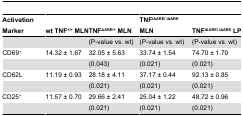
<table><thead><tr><td><b>Activation Marker</b></td><td><b>wt TNF<sup>+/+</sup> MLN</b></td><td><b>TNF<sup>ΔARE/+</sup> MLN</b></td><td><b>TNF<sup>iΔARE/ iΔARE</sup> MLN</b></td><td><b>TNF<sup>iΔARE/ iΔARE</sup> LP</b></td></tr></thead><tbody><tr><td></td><td></td><td>(P-value vs. wt)</td><td>(P-value vs. wt)</td><td>(P-value vs. wt)</td></tr><tr><td>CD69<sup>+</sup></td><td>14.32 ± 1.67</td><td>32.05 ± 5.63</td><td>33.74 ± 1.54</td><td>74.70 ± 1.70</td></tr><tr><td></td><td></td><td>(0.043)</td><td>(0.021)</td><td>(0.021)</td></tr><tr><td>CD62L<sup>-</sup></td><td>11.19 ± 0.93</td><td>28.18 ± 4.11</td><td>37.17 ± 0.44</td><td>92.13 ± 0.85</td></tr><tr><td></td><td></td><td>(0.021)</td><td>(0.021)</td><td>(0.021)</td></tr><tr><td>CD25<sup>+</sup></td><td>11.57 ± 0.70</td><td>29.66 ± 2.41</td><td>25.04 ± 1.22</td><td>48.72 ± 0.96</td></tr><tr><td></td><td></td><td>(0.021)</td><td>(0.021)</td><td>(0.021)</td></tr></tbody></table>